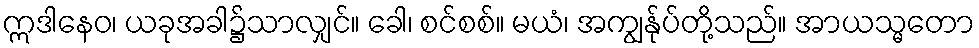
ဣဒါနေဝ၊ ယခုအခါ၌သာလျှင်။ ခေါ၊ စင်စစ်။ မယံ၊ အကျွန်ုပ်တို့သည်။ အာယသ္မတော